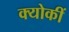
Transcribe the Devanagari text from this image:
क्योकीं